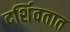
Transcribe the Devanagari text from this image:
दर्शिवतात